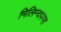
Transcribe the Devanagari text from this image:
मिलिन्दपण्ह